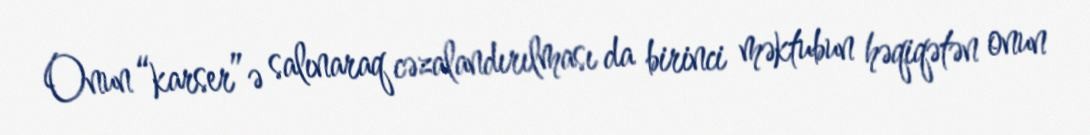
Onun “karser”ə salınaraq cəzalandırılması da birinci məktubun həqiqətən onun